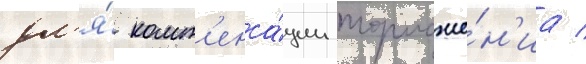
дл'я́ комп'енса́ции торможе́н'иа /